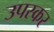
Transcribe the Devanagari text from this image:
उपस्‍कर